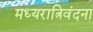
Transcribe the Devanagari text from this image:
मध्यरात्रिवंदना